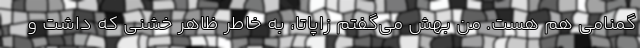
گمنامی هم هست. من بهش می‌گفتم زاپاتا، به خاطر ظاهر خشنی که داشت و